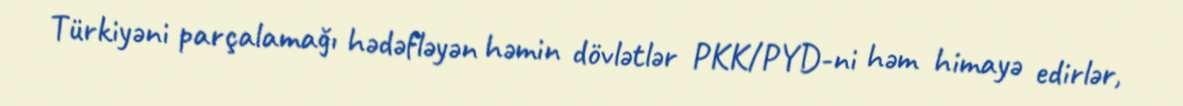
Türkiyəni parçalamağı hədəfləyən həmin dövlətlər PKK/PYD-ni həm himayə edirlər,